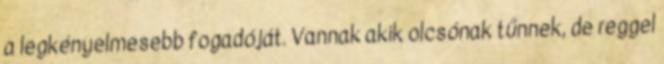
a legkényelmesebb fogadóját. Vannak akik olcsónak tűnnek, de reggel